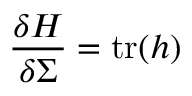
\frac { \delta H } { \delta \Sigma } = \mathrm { t r } ( h )